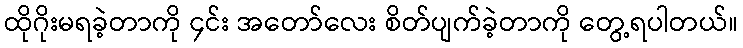
ထိုဂိုးမရခဲ့တာကို ၄င်း အတော်လေး စိတ်ပျက်ခဲ့တာကို တွေ့ရပါတယ်။